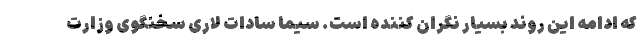
که ادامه این روند بسیار نگران کننده است. سیما سادات لاری سخنگوی وزارت